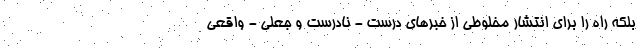
بلکه راه را برای انتشار مخلوطی از خبرهای درست - نادرست و جعلی - واقعی